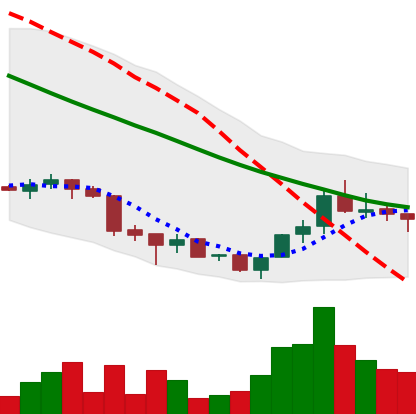
Ticker: ADA-USD
Chart end date: 2018-07-06
Forward return: -9.995%
Label: down_7plus